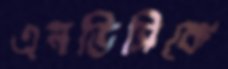
এনডিসিকে